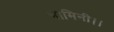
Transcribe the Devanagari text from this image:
भामिनी।।